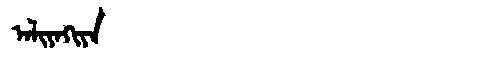
Manchu: ᠠᠯᡳᠶᠠᡴᡳᠶᠠ
Romanization: ALIYAKIYA